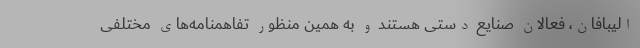
الیبافان، فعالان صنایع دستی هستند و به همین منظور تفاهمنامه‌های مختلفی